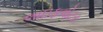
લાઇફવોટર